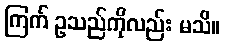
ကြက် ဥသည်ကိုလည်း မသိ။